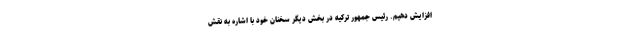
افزایش دهیم. رئیس جمهور ترکیه در بخش دیگر سخنان خود با اشاره به نقش